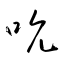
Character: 吮